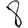
Digit: 8